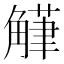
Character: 𮗴